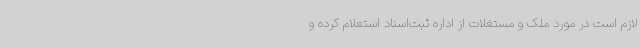
لازم است در مورد ملک و مستغلات از اداره ثبت‌اسناد استعلام کرده و